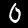
Digit: 0